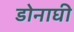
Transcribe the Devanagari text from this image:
डोनाघी